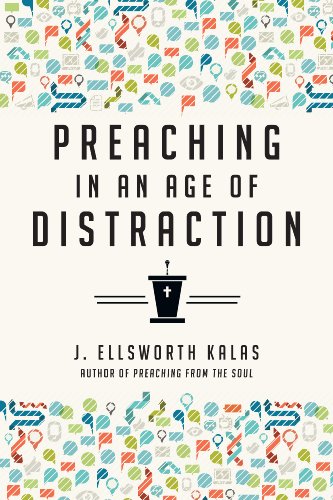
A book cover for Preaching in an Age of Distraction; J. Ellsworth Kalas; Christian Books & Bibles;